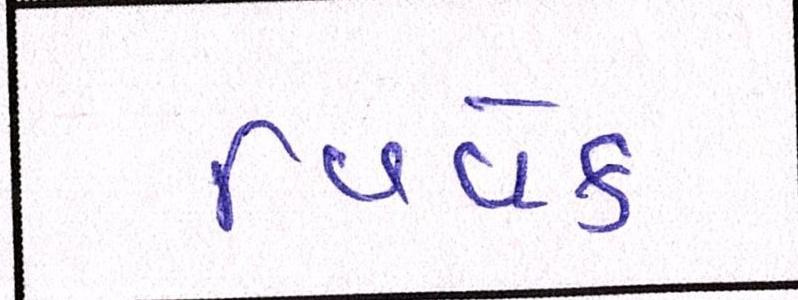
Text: વિવેક